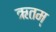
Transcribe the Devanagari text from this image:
ऋतम्